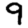
Digit: 9